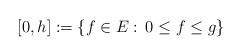
LaTeX: \begin{align*}[0,h] := \{f \in E: \, 0 \le f \le g\}\end{align*}